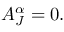
A _ { J } ^ { \alpha } = 0 .